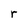
Character: r